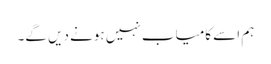
ہم اسے کامیاب نہیں ہونے دیں گے۔